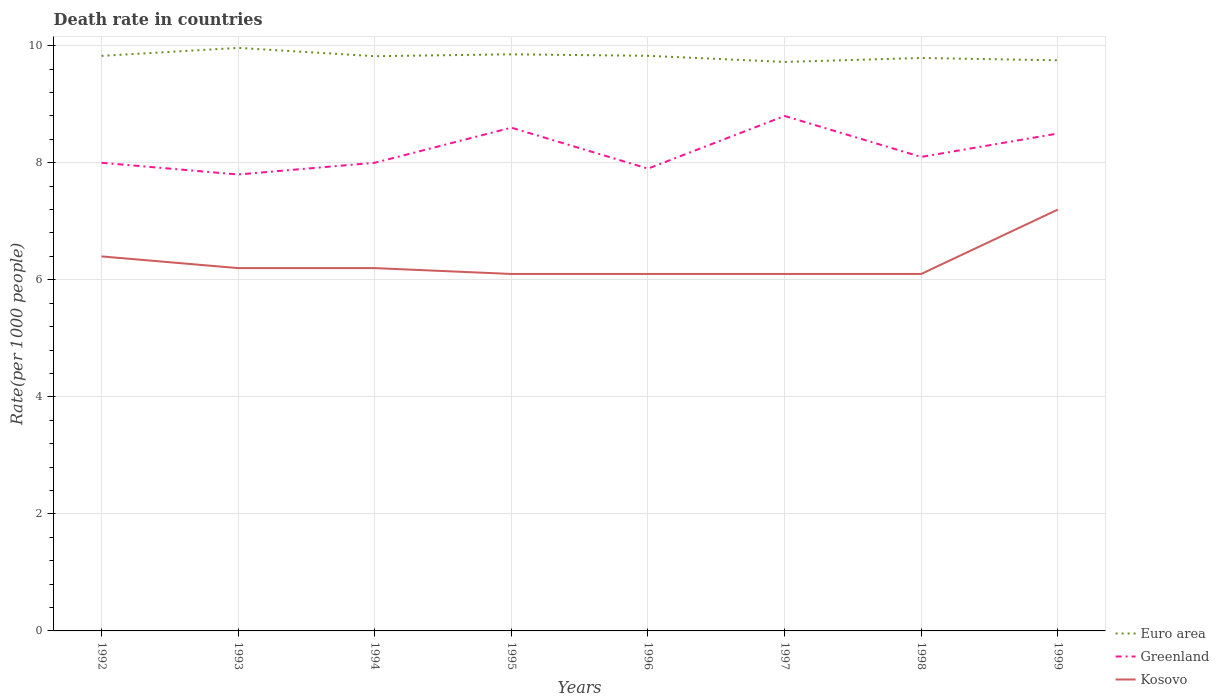
| Years | Euro area | Greenland | Kosovo |
 | --- | --- | --- | --- |
 | 1992 | 9.83 | 8 | 6.4 |
 | 1993 | 9.96 | 7.8 | 6.2 |
 | 1994 | 9.82 | 8 | 6.2 |
 | 1995 | 9.85 | 8.6 | 6.1 |
 | 1996 | 9.83 | 7.9 | 6.1 |
 | 1997 | 9.72 | 8.8 | 6.1 |
 | 1998 | 9.79 | 8.1 | 6.1 |
 | 1999 | 9.75 | 8.5 | 7.2 |